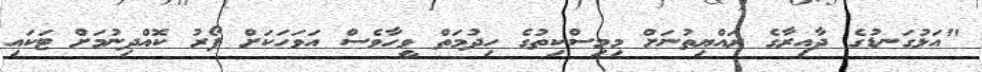
"އަޅުގަނޑުގެ ދާއިރާގެ ރައްޔިތުނަށް މިމިސްކިތުގެ ހިދުމަތް ވީހާވެސް އަވަހަކަށް ފޯރު ކޮއްދިނުމަށް ޓަކައި